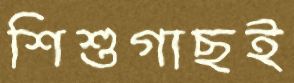
শিশুগাছই